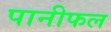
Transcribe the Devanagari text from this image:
पानीफल